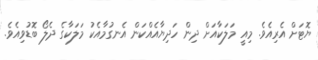
ޔޮޓަށް އެރިއެވެ. މިއީ މަލަކާއަށް ދިން ހަދިޔާއެއްކަން އެނގުމާއެކު މަލަކާގެ ދެލޯ ބޮޑުވިއެވެ.